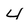
Character: 4